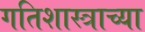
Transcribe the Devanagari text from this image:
गतिशास्त्राच्या